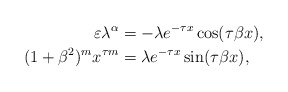
\begin{align*} \varepsilon \lambda ^\alpha &= - \lambda e^{-\tau x} \cos (\tau \beta x), \\ (1 + \beta^2)^m x^{\tau m} &= \lambda e^{-\tau x} \sin (\tau \beta x), \end{align*}